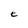
Character: e